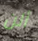
ألن